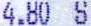
4.80 S